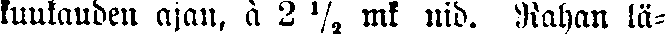
kuukauden ajan, à 2½ mk. nid. Rahan lä-